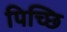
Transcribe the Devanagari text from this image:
पिच्छि